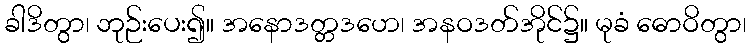
ခါဒိတွာ၊ ဘုဉ်းပေး၍။ အနောဒတ္တဒဟေ၊ အနဝဒတ်အိုင်၌။ မုခံ ဓောဝိတွာ၊